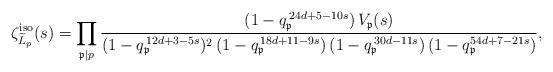
LaTeX: \begin{align*} \zeta_{\widetilde{L}_p}^\mathrm{iso}(s) = \prod_{\mathfrak{p} \mid p} \frac{(1 - q_\mathfrak{p}^{\, 24d + 5 -10s}) \, V_{\mathfrak{p}}(s)}{ (1 - q_\mathfrak{p}^{\, 12d+3-5s})^2 \, (1 - q_\mathfrak{p}^{\, 18d+11-9s}) \, (1-q_\mathfrak{p}^{\, 30d-11s}) \, (1-q_\mathfrak{p}^{54d+7-21s})},\end{align*}